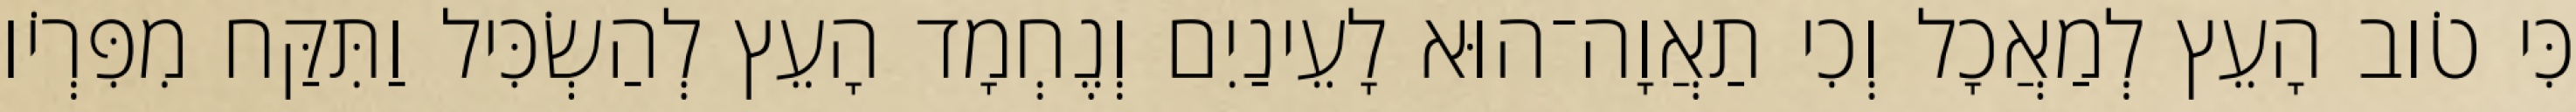
כִּי טֹוב הָעֵץ לְמַאֲכָל וְכִי תַאֲוָה־הוּא לָעֵינַיִם וְנֶחְמָד הָעֵץ לְהַשְׂכִּיל וַתִּקַּח מִפִּרְיֹו